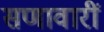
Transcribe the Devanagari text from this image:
सणावारीं